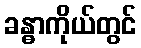
ခန္ဓာကိုယ်တွင်